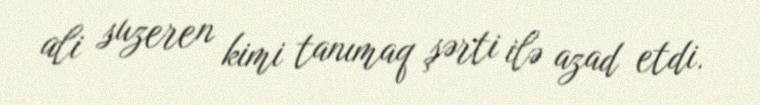
ali suzeren kimi tanımaq şərti ilə azad etdi.